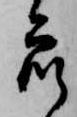
衆